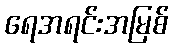
ရေအရင်းအမြစ်